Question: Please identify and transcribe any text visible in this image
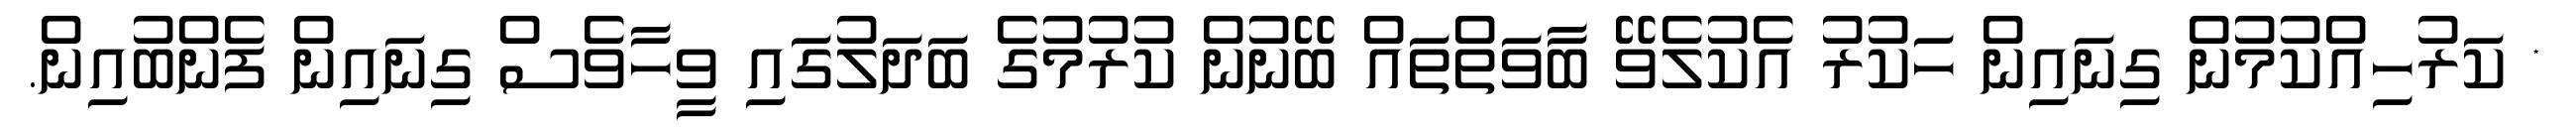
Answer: * ކަރުހިއްކުމުން ގިނައިން ހަކުރު އެކުލެވޭ ބާވަތްތައް ބޭނުން ކުރުމުގެ ބަދަލުގައި ވީހާވެސް ގިނައިން ފެންބުއިން.